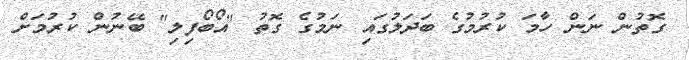
ގޮތުން ނަން ހާމަ ކުރުމުގެ ބަދަލުގައި ނަމުގެ ގޮތު "އޯބޯފިލި" ބޭނުން ކުރުމަށް